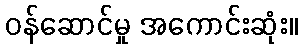
ဝန်ဆောင်မှု အကောင်းဆုံး။